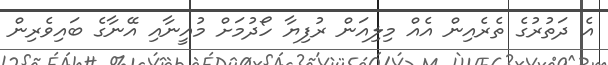
އެ ދަތުރުގެ ތެރެއިން އެއް މިލިއަން ރުފިޔާ ހޯދުމަށް މުއީނާއި އޭނާގެ ބައިވެރިން